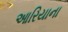
આરિયાના